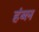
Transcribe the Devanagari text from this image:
हंब्ल